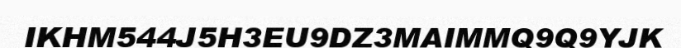
IKHM544J5H3EU9DZ3MAIMMQ9Q9YJK